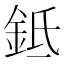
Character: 𬫌